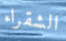
الشقراء